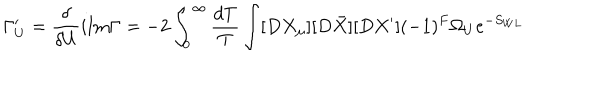
LaTeX: \Gamma _ { U } ^ { \prime } = \frac { \delta } { \delta U } i \mathrm { I m } \Gamma = - 2 \int _ { 0 } ^ { \infty } \frac { d T } { T } \int [ D X _ { \mu } ] [ D \bar { X } ] [ D X ^ { \prime } ] ( - 1 ) ^ { F } \Omega _ { U } e ^ { - S _ { W L } }